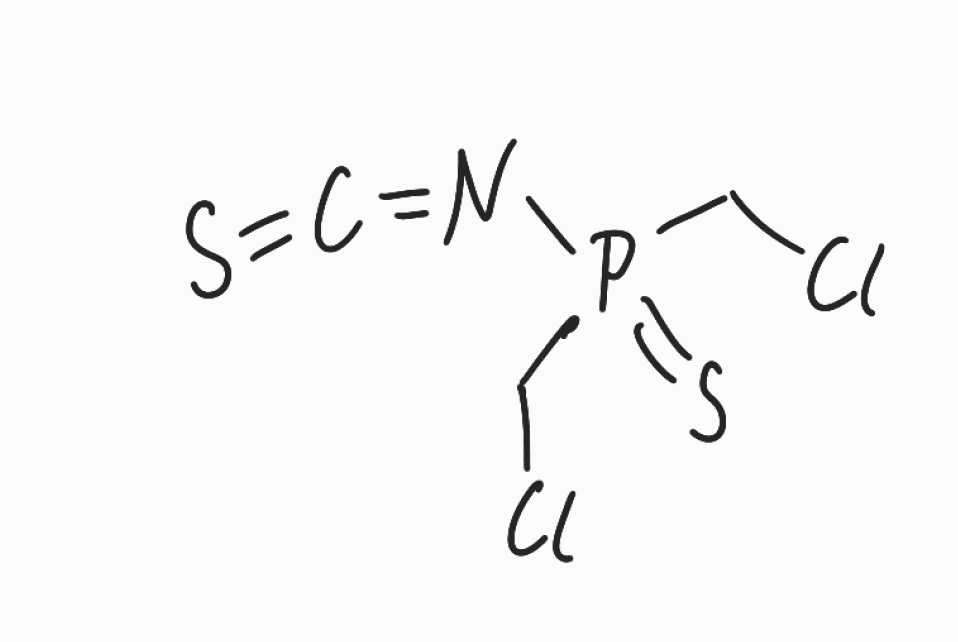
Simplified molecular-input line-entry system (SMILES) notation of the given molecule:
C(P(=S)(CCl)N=C=S)Cl